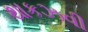
થાકઝવી